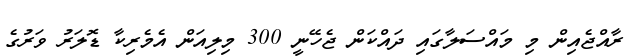
ރާއްޖެއިން މި މައްސަލާގައި ދައްކަން ޖެހޭނީ 300 މިލިއަން އެމެރިކާ ޑޮލަރު ވަރުގެ